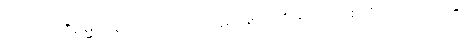
သုတ်အဘိဓမ္မာဝိနည်းသည်။ ဝိဝဋော၊ ဖွင့်လှစ်မှ။ ဝိရောစတိ၊ တင့်တယ်၏။